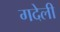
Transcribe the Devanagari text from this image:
गदेली